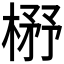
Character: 𰘃